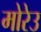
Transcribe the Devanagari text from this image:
मोरेउ